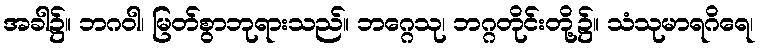
အခါ၌။ ဘဂဝါ၊ မြတ်စွာဘုရားသည်။ ဘဂ္ဂေသု၊ ဘဂ္ဂတိုင်းတို့၌။ သံသုမာရဂိရေ၊